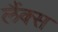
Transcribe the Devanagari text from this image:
लैंक्स